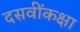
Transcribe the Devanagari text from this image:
दसवींकक्षा